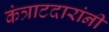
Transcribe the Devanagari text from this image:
कंत्राटदारांनी